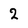
Character: 2